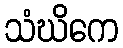
သံဃိကေ